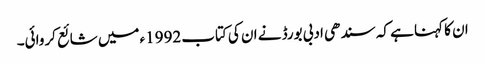
ان کا کہنا ہے کہ سندھی ادبی بورڈ نے ان کی کتاب 1992ء میں شائع کروائی۔